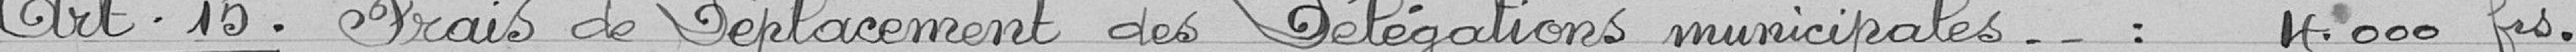
Art.15. Frais de déplacement des délégations municipales ... : 4.000 francs